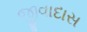
જીવાદાસ